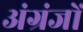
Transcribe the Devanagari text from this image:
अंग्रंजों